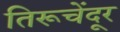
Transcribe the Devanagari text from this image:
तिरूचेंदूर